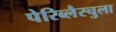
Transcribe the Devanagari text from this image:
पेरिब्लैस्चुला